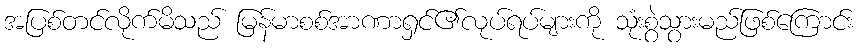
အပြစ်တင်လိုက်မိသည် မြန်မာစစ်အာဏာရှင်၏လုပ်ရပ်များကို သုံးစွဲသွားမည်ဖြစ်ကြောင်း